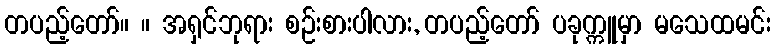
တပည့်တော်။ ။ အရှင်ဘုရား စဉ်းစားပါလား, တပည့်တော် ပခုက္ကူမှာ မသေထမင်း